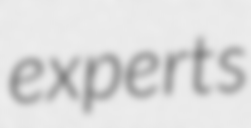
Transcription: experts